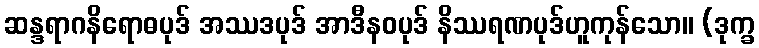
ဆန္ဒရာဂနိရောဓပုဒ် အဿဒပုဒ် အာဒီနဝပုဒ် နိဿရဏပုဒ်ဟူကုန်သော။ (ဒုက္ခ